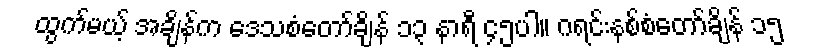
ထွက်မယ့် အချိန်က ဒေသစံတော်ချိန် ၁၃ နာရီ ၄၅ပါ။ ဂရင်းနစ်စံတော်ချိန် ၁၅